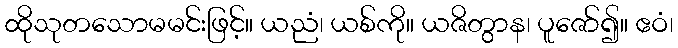
ထိုသုတသောမမင်းဖြင့်။ ယညံ၊ ယစ်ကို။ ယဇိတွာန၊ ပူဇော်၍။ ဧဝံ၊